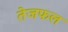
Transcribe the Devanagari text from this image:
तेजफल